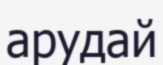
арудай